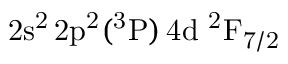
\mathrm { 2 s ^ { 2 } \, 2 p ^ { 2 } ( ^ { 3 } P ) \, 4 d ~ ^ { 2 } F _ { 7 / 2 } }